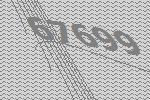
67699